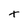
Character: T